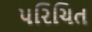
૫રિચિત